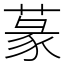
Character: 蒃